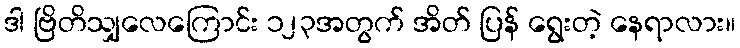
ဒါ ဗြိတိသျှလေကြောင်း ၁၂၃အတွက် အိတ် ပြန် ရွေးတဲ့ နေရာလား။